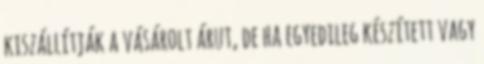
kiszállítják a vásárolt árut, de ha egyedileg készített vagy